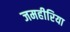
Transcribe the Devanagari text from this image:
जमहीरिया